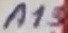
Text: A13